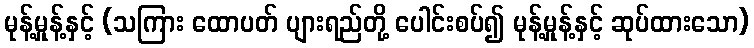
မုန့်မှုန့်နှင့် (သကြား ထောပတ် ပျားရည်တို့ ပေါင်းစပ်၍ မုန့်မှုန့်နှင့် ဆုပ်ထားသော)